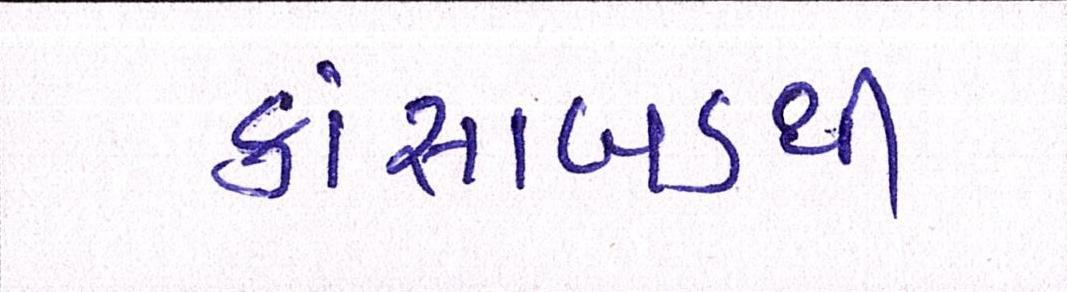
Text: કાંસાબડથી